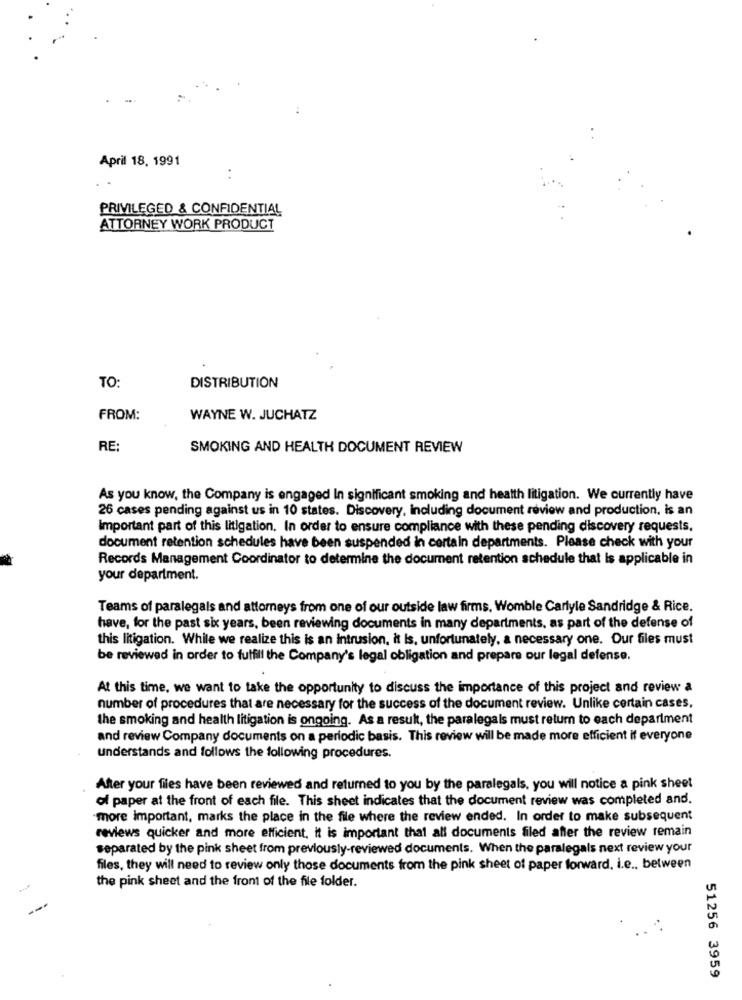
April 18, 1991
PRIVILEGED & CONFIDENTIAL
ATTORNEY WORK PRODUCT
TO:
DISTRIBUTION
FROM:
WAYNE W. JUCHATZ
RE:
SMOKING AND HEALTH DOCUMENT REVIEW
As you know, the Company is engaged In significant smoking and health litigation. We currently have
26 cases pending against us in 10 states. Discovery, including document review and production. is an
Important part of this litigation. In order to ensure compliance with these pending discovery requests.
document retention schedules have been suspended in certain departments. Please check with your
Records Management Coordinator to determine the document retention schedule that Is applicable in
your department.
Teams of paralegals and attorneys from one of our outside law firms. Womble Carlyle Sandridge & Rice.
have, for the past six years, been reviewing documents in many departments, as part of the defense of
this litigation. While we realize this is an intrusion, it Is, unfortunately, a necessary one. Our files must
be reviewed in order to fulfill the Company's legal obligation and prepare our legal defense.
At this time, we want to take the opportunity to discuss the importance of this project and review a
number of procedures that are necessary for the success of the document review. Unlike certain cases,
the smoking and health litigation is ongoing. As a result, the paralegals must return to each department
and review Company documents on a periodic basis. This review will be made more efficient if everyone
understands and follows the following procedures.
After your files have been reviewed and returned to you by the paralegals, you will notice a pink sheet
of paper at the front of each file. This sheet indicates that the document review was completed and.
-more important, marks the place in the file where the review ended. In order to make subsequent
reviews quicker and more efficient, it is important that all documents filed after the review remain
separated by the pink sheet from previously-reviewed documents. When the paralegals next review your
files, they will need to review only those documents from the pink sheet of paper forward, i.e ., between
the pink sheet and the front of the file folder.
51256 3959